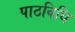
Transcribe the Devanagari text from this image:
पाठविधि